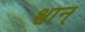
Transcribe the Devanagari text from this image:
श्वान्